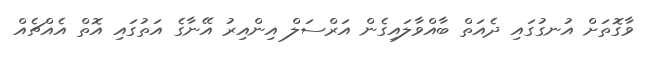
ވާގޮތަށް އުނގުގައި ދެއަތް ބާއްވާލައިގެން އަރްސަލް އިންއިރު އޭނާގެ އަތުގައި އޮތް އެއްޗެއް